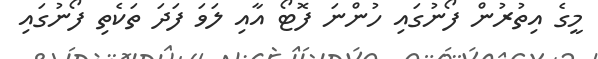
މީގެ އިތުރުން ފޯނުގައި ހުންނަ ފޮޓޯ އާއި ލަވަ ފަދަ ތަކެތި ފޯނުގައި